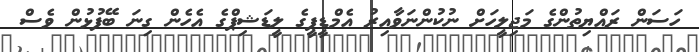
ހަސަން ރައްޔިތުންގެ މަޖިލީހަށް ނުކުންނަވާއިރު އެމްޑީޕީގެ ލީޑަޝިޕްގެ އެހެން ގިނަ ބޭފުޅުން ވެސް